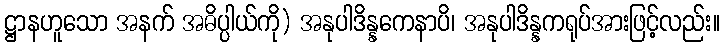
ဋ္ဌာနဟူသော အနက် အဓိပ္ပါယ်ကို) အနုပါဒိန္နကေနာပိ၊ အနုပါဒိန္နကရုပ်အားဖြင့်လည်း။